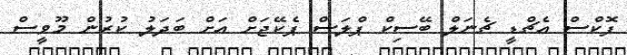
ފޮކްސް އެޗްޑީ ޗެނަލް ބޭސިކް ޕްލަސް ޕެކޭޖަށް އަށް ބަދަލު ކުރުން މޫވީސް